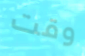
وقت